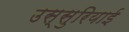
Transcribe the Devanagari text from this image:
उस्सुरियाई